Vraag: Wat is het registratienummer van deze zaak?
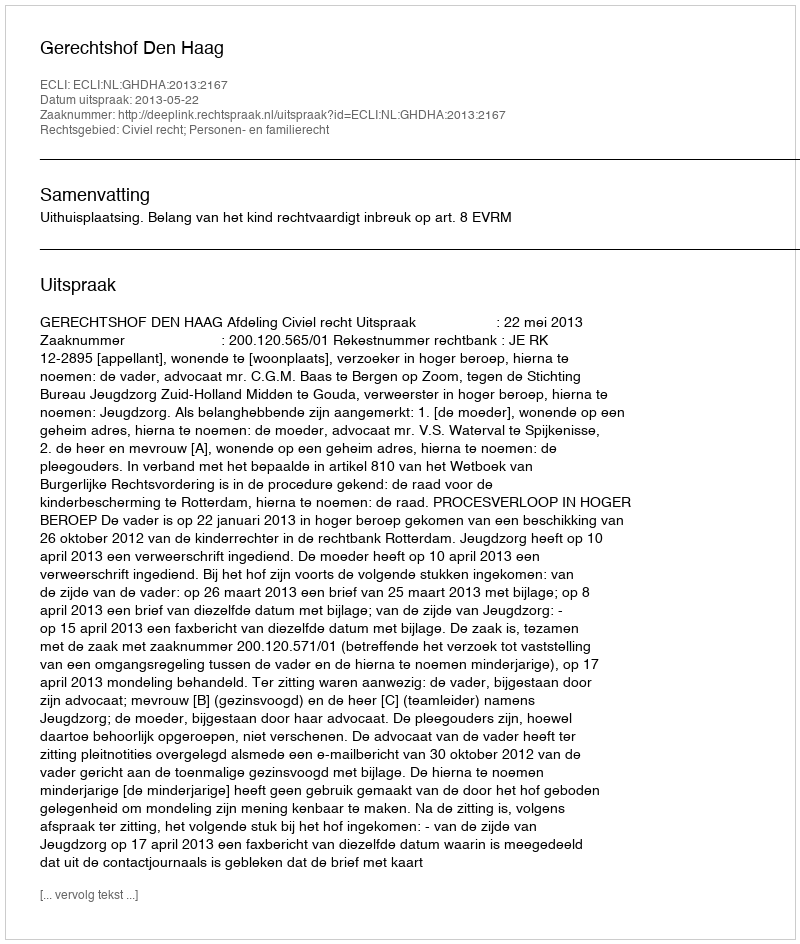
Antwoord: http://deeplink.rechtspraak.nl/uitspraak?id=ECLI:NL:GHDHA:2013:2167